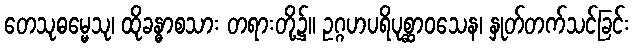
တေသုဓမ္မေသု၊ ထိုခန္ဓာစသား တရားတို့၌။ ဥဂ္ဂဟပရိပုစ္ဆာဝသေန၊ နှုတ်တက်သင်ခြင်း